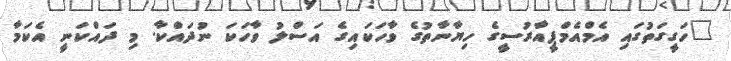
"ހަގީގަތުގައި އެމްއެމްޕީއާރުސީގެ ހިޔާނާތުގެ ވާހަކައިގެ އަސްލު ވާހަކަ ނުދައްކާ. މި ދައްކަނީ އެކަމާ